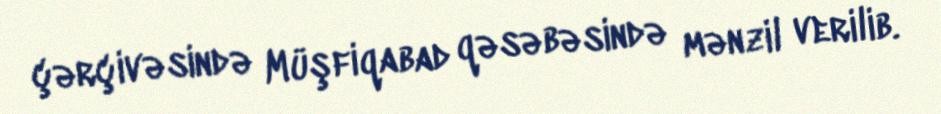
çərçivəsində Müşfiqabad qəsəbəsində mənzil verilib.